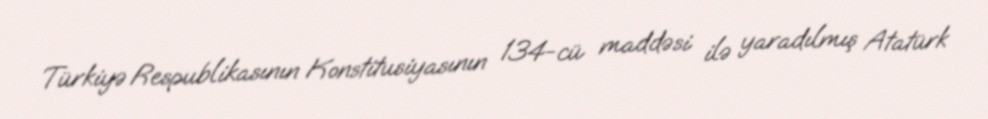
Türkiyə Respublikasının Konstitusiyasının 134-cü maddəsi ilə yaradılmış Atatürk